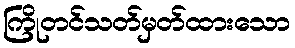
ကြိုတင်သတ်မှတ်ထားသော